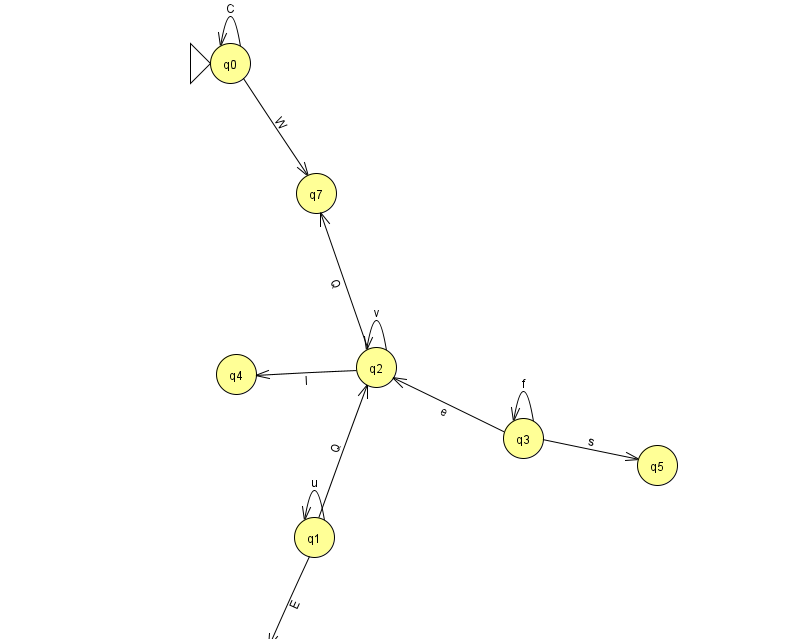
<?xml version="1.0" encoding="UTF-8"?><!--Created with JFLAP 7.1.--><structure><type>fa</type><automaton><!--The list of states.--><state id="0" name="q0"><x>230.0</x><y>50.0</y><initial/></state><state id="1" name="q1"><x>314.0</x><y>524.0</y></state><state id="2" name="q2"><x>376.0</x><y>354.0</y></state><state id="3" name="q3"><x>523.0</x><y>425.0</y></state><state id="4" name="q4"><x>236.0</x><y>361.0</y></state><state id="5" name="q5"><x>657.0</x><y>452.0</y></state><state id="6" name="q6"><x>258.0</x><y>651.0</y><final/></state><state id="7" name="q7"><x>316.0</x><y>180.0</y></state><!--The list of transitions.--><transition><from>3</from><to>2</to><read>e</read></transition><transition><from>2</from><to>4</to><read>I</read></transition><transition><from>2</from><to>7</to><read>Q</read></transition><transition><from>0</from><to>0</to><read>C</read></transition><transition><from>0</from><to>7</to><read>W</read></transition><transition><from>1</from><to>1</to><read>u</read></transition><transition><from>2</from><to>2</to><read>v</read></transition><transition><from>3</from><to>3</to><read>f</read></transition><transition><from>1</from><to>2</to><read>Q</read></transition><transition><from>1</from><to>6</to><read>E</read></transition><transition><from>3</from><to>5</to><read>s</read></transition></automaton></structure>